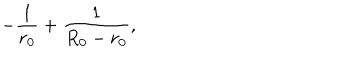
- \frac { 1 } { r _ { 0 } } + \frac { 1 } { R _ { 0 } - r _ { 0 } } ,